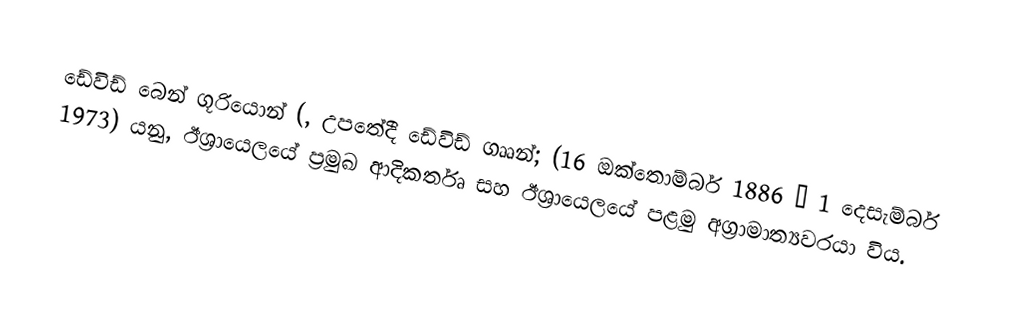
ඩේවිඩ් බෙන් ගූරියොන් (, උපතේදී  ඩේවිඩ් ගෲන්; (16 ඔක්තොම්බර් 1886 – 1 දෙසැම්බර් 1973) යනු, ඊශ්‍රායෙලයේ ප්‍රමුඛ ආදිකර්තෘ සහ  ඊශ්‍රායෙලයේ පළමු  අග්‍රාමාත්‍යවරයා විය.